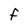
Character: F